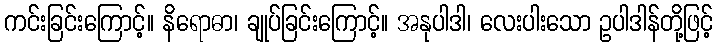
ကင်းခြင်းကြောင့်။ နိရောဓာ၊ ချုပ်ခြင်းကြောင့်။ အနုပါဒါ၊ လေးပါးသော ဥပါဒါန်တို့ဖြင့်